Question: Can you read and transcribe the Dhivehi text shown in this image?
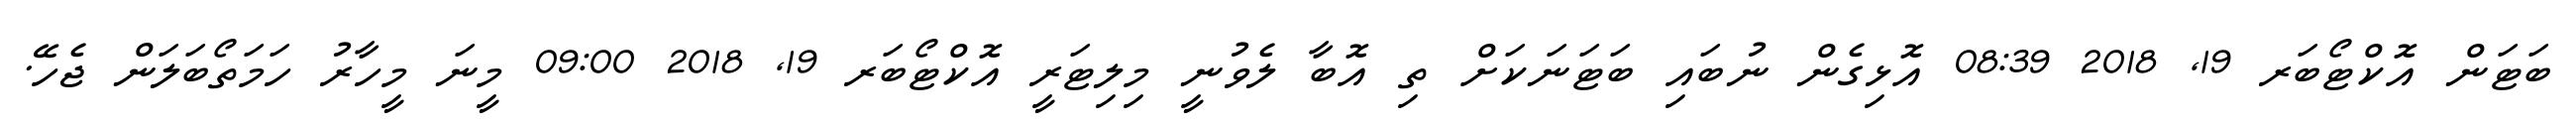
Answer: ބަޓަން އޮކްޓޯބަރ 19, 2018 08:39 އޮޅިގެން ނުބައި ބަޓަނަކަށް ތި އޮބާ ލެވުނީ މިލިޓަރީ އޮކްޓޯބަރ 19, 2018 09:00 މީނަ މީހާރު ހަމަތޯބަލަން ޖެހޭ.